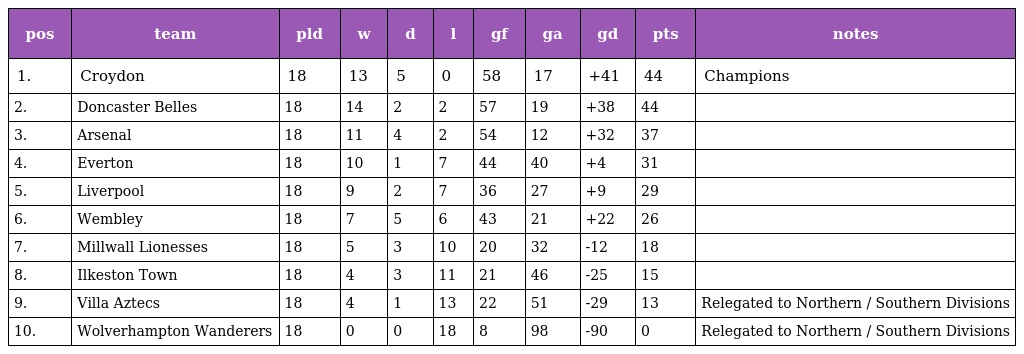
| pos | team | pld | w | d | l | gf | ga | gd | pts | notes |
 | --- | --- | --- | --- | --- | --- | --- | --- | --- | --- | --- |
 | 1. | Croydon | 18 | 13 | 5 | 0 | 58 | 17 | +41 | 44 | Champions |
 | 2. | Doncaster Belles | 18 | 14 | 2 | 2 | 57 | 19 | +38 | 44 |  |
 | 3. | Arsenal | 18 | 11 | 4 | 2 | 54 | 12 | +32 | 37 |  |
 | 4. | Everton | 18 | 10 | 1 | 7 | 44 | 40 | +4 | 31 |  |
 | 5. | Liverpool | 18 | 9 | 2 | 7 | 36 | 27 | +9 | 29 |  |
 | 6. | Wembley | 18 | 7 | 5 | 6 | 43 | 21 | +22 | 26 |  |
 | 7. | Millwall Lionesses | 18 | 5 | 3 | 10 | 20 | 32 | -12 | 18 |  |
 | 8. | Ilkeston Town | 18 | 4 | 3 | 11 | 21 | 46 | -25 | 15 |  |
 | 9. | Villa Aztecs | 18 | 4 | 1 | 13 | 22 | 51 | -29 | 13 | Relegated to Northern / Southern Divisions |
 | 10. | Wolverhampton Wanderers | 18 | 0 | 0 | 18 | 8 | 98 | -90 | 0 | Relegated to Northern / Southern Divisions |